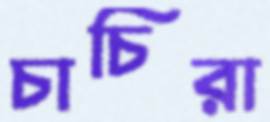
চাচিরা